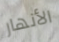
الأنهار